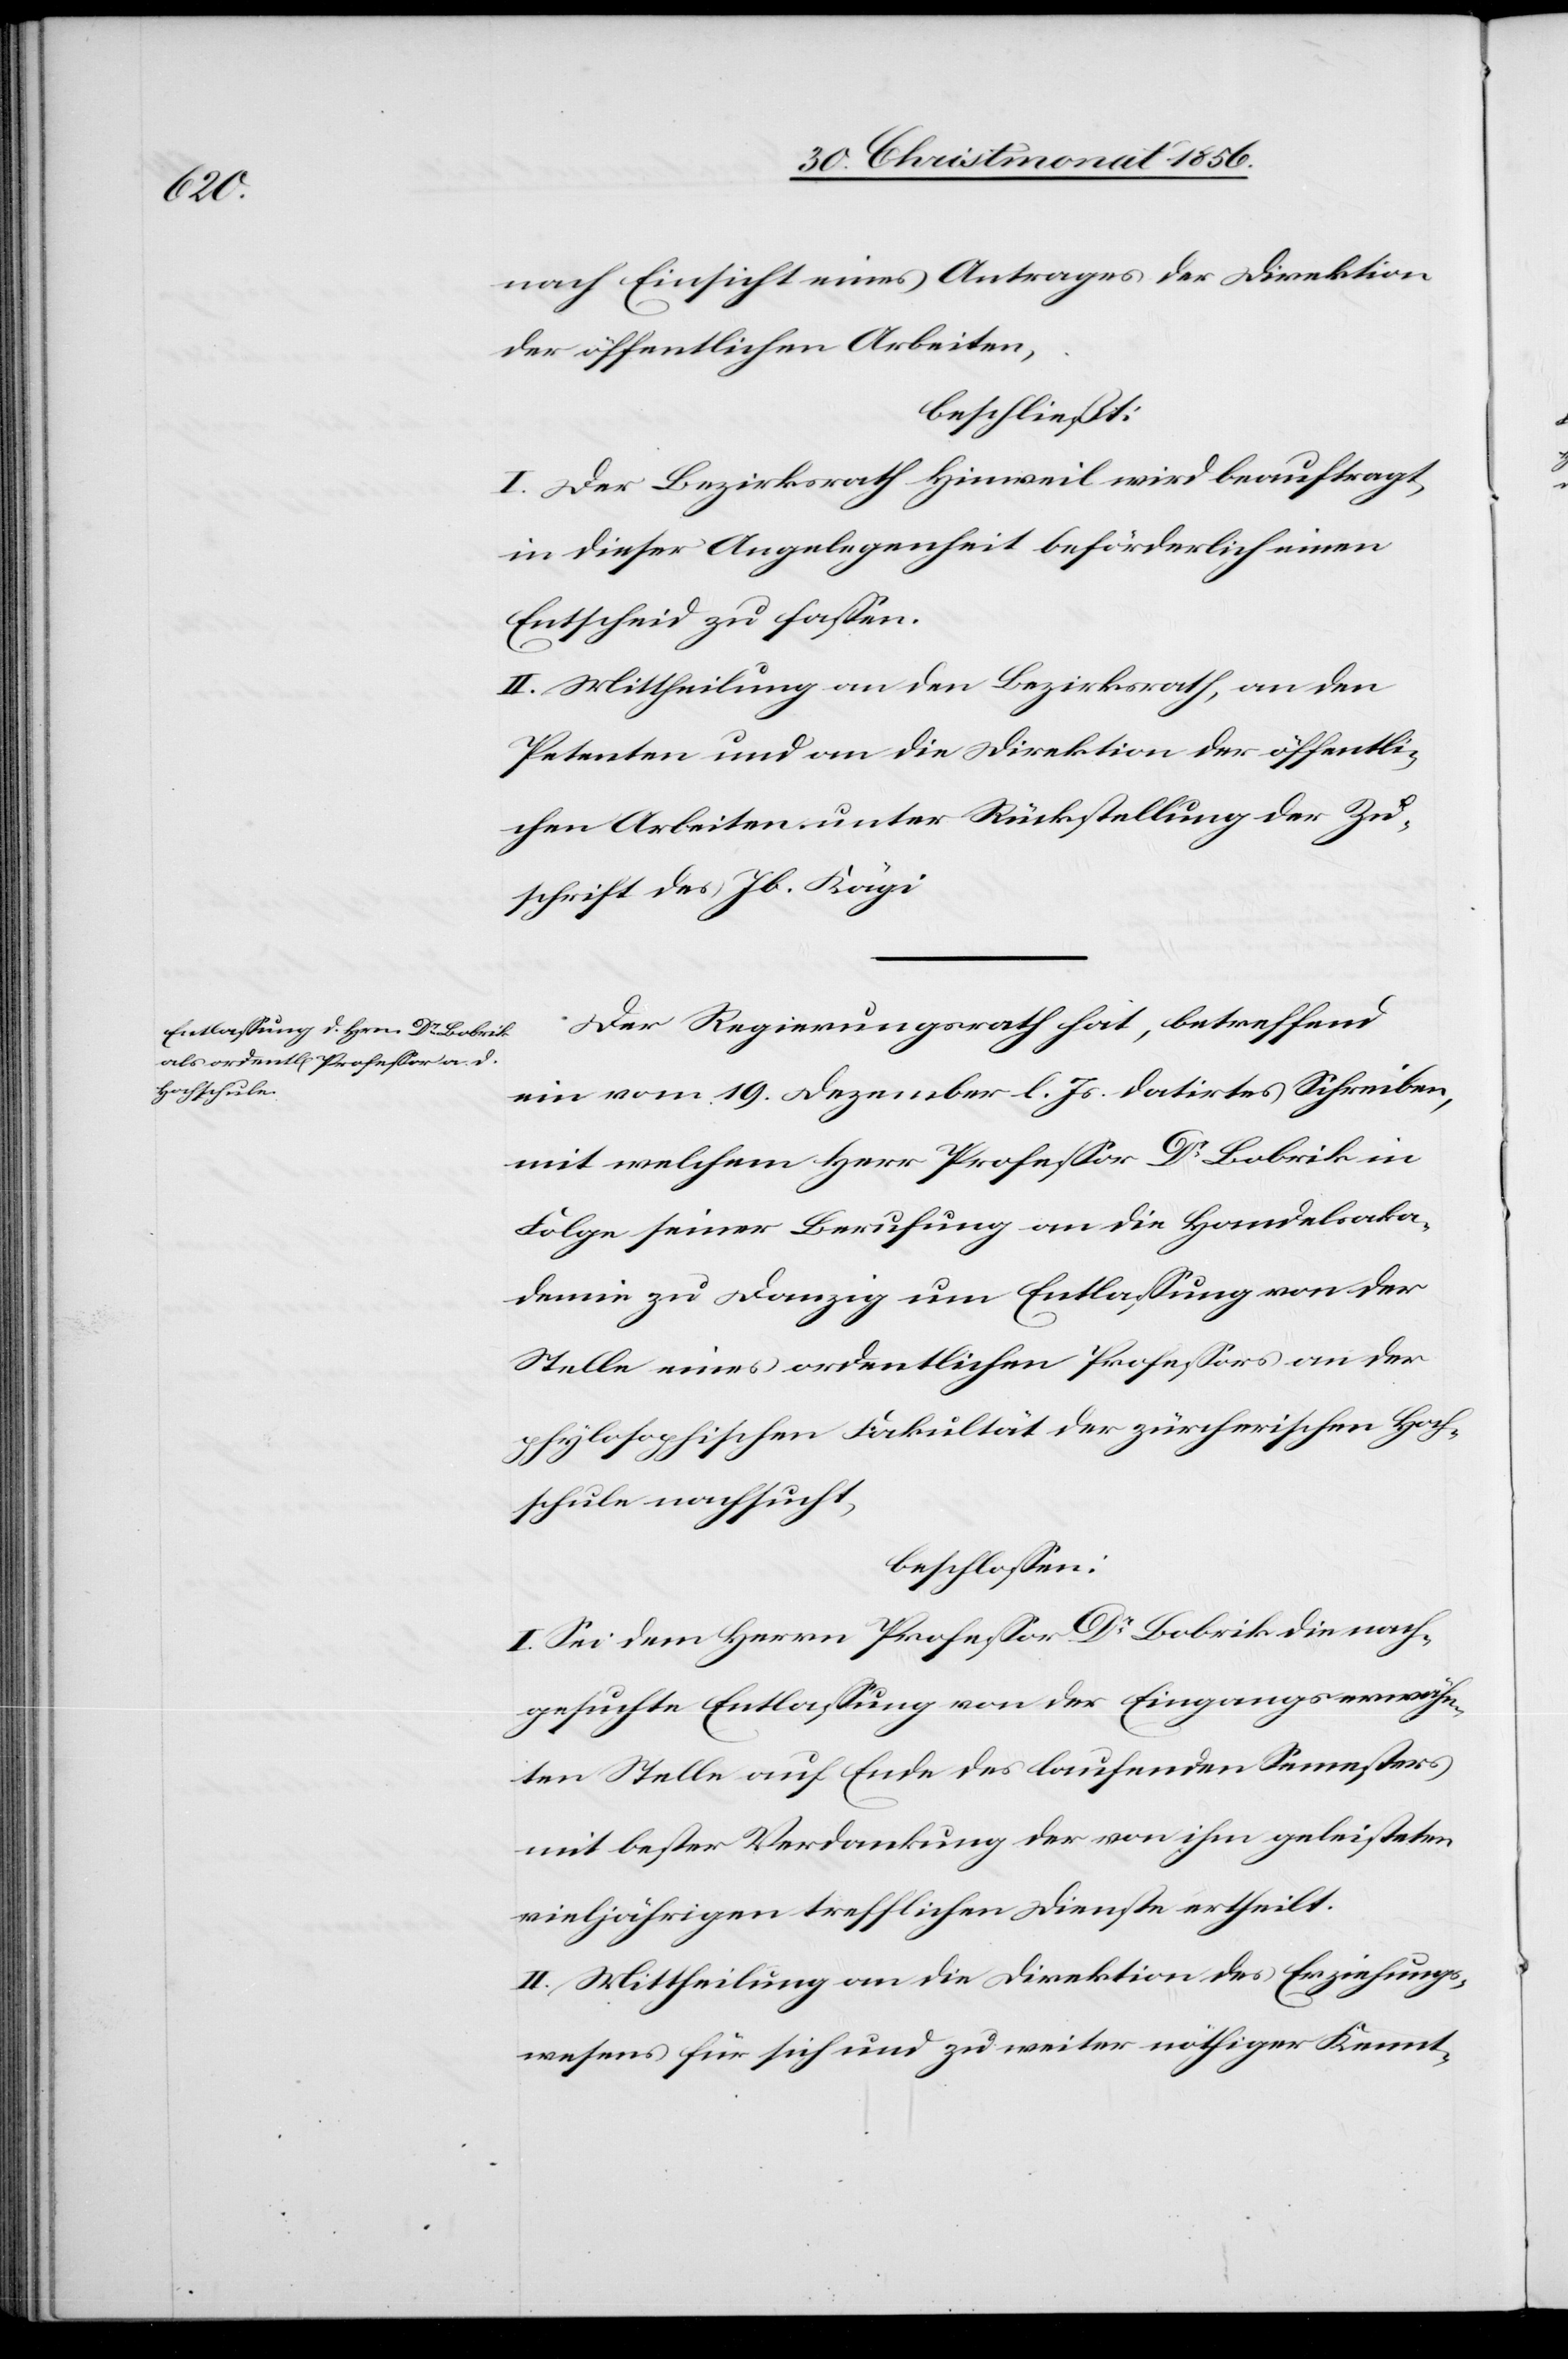
nach Einsicht eines Antrages der Direktion
der öffentlichen Arbeiten,
beschließt:
I. Der Bezirksrath Hinweil wird beauftragt,
in dieser Angelegenheit beförderlich einen
Entscheid zu fassen.
II. Mittheilung an den Bezirksrath, an den
Petenten und an die Direktion der öffentli¬
chen Arbeiten unter Rückstellung der Zu¬
schrift des Jb. Kägi.
Der Regierungsrath hat, betreffend
ein vom 19. Dezember l. Js. datirtes Schreiben,
mit welchem Herr Professor Dr Bobrik in
Folge seiner Berufung an die Handelsaka¬
demie zu Danzig um Entlassung von der
Stelle eines ordentlichen Professors an der
phylosophischen Fakultät der zürcherischen Hoch¬
schule nachsucht,
beschlossen:
I. Sei dem Herrn Professor Dr Bobrik die nach¬
gesuchte Entlassung von der Eingangs erwähn¬
ten Stelle auf Ende des laufenden Semesters
mit bester Verdankung der von ihm geleisteten
vieljährigen trefflichen Dienste ertheilt.
II. Mittheilung an die Direktion des Erziehungs¬
wesens für sich und zu weiter nöthiger Kennt-